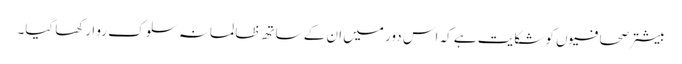
بیشتر صحافیوں کو شکایت ہے کہ اس دور میں ان کے ساتھ ظالمانہ سلوک رو ا رکھا گیا۔